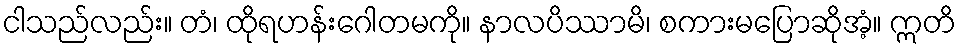
ငါသည်လည်း။ တံ၊ ထိုရဟန်းဂေါတမကို။ နာလပိဿာမိ၊ စကားမပြောဆိုအံ့။ ဣတိ